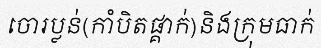
ចោរប្លន់(កាំបិតផ្គាក់)និងក្រុមធាក់